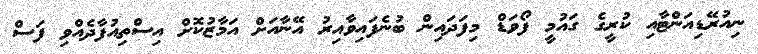
ނިއުރޭޑިއަންޓާއި ކުރީގެ ގައުމީ ފޯވަޑް މިފަދައިން ބުނެފައިވާއިރު އޭނާއަށް އަމާޒުކޮށް އިސްތިއުފާދެއްވި ފަސް